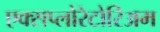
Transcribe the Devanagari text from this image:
एक्सप्लोरेटोरिअम